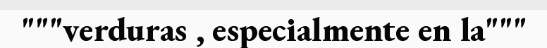
"""verduras , especialmente en la"""